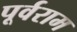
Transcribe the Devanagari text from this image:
पूर्वराम